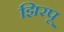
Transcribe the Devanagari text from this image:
झिरपू